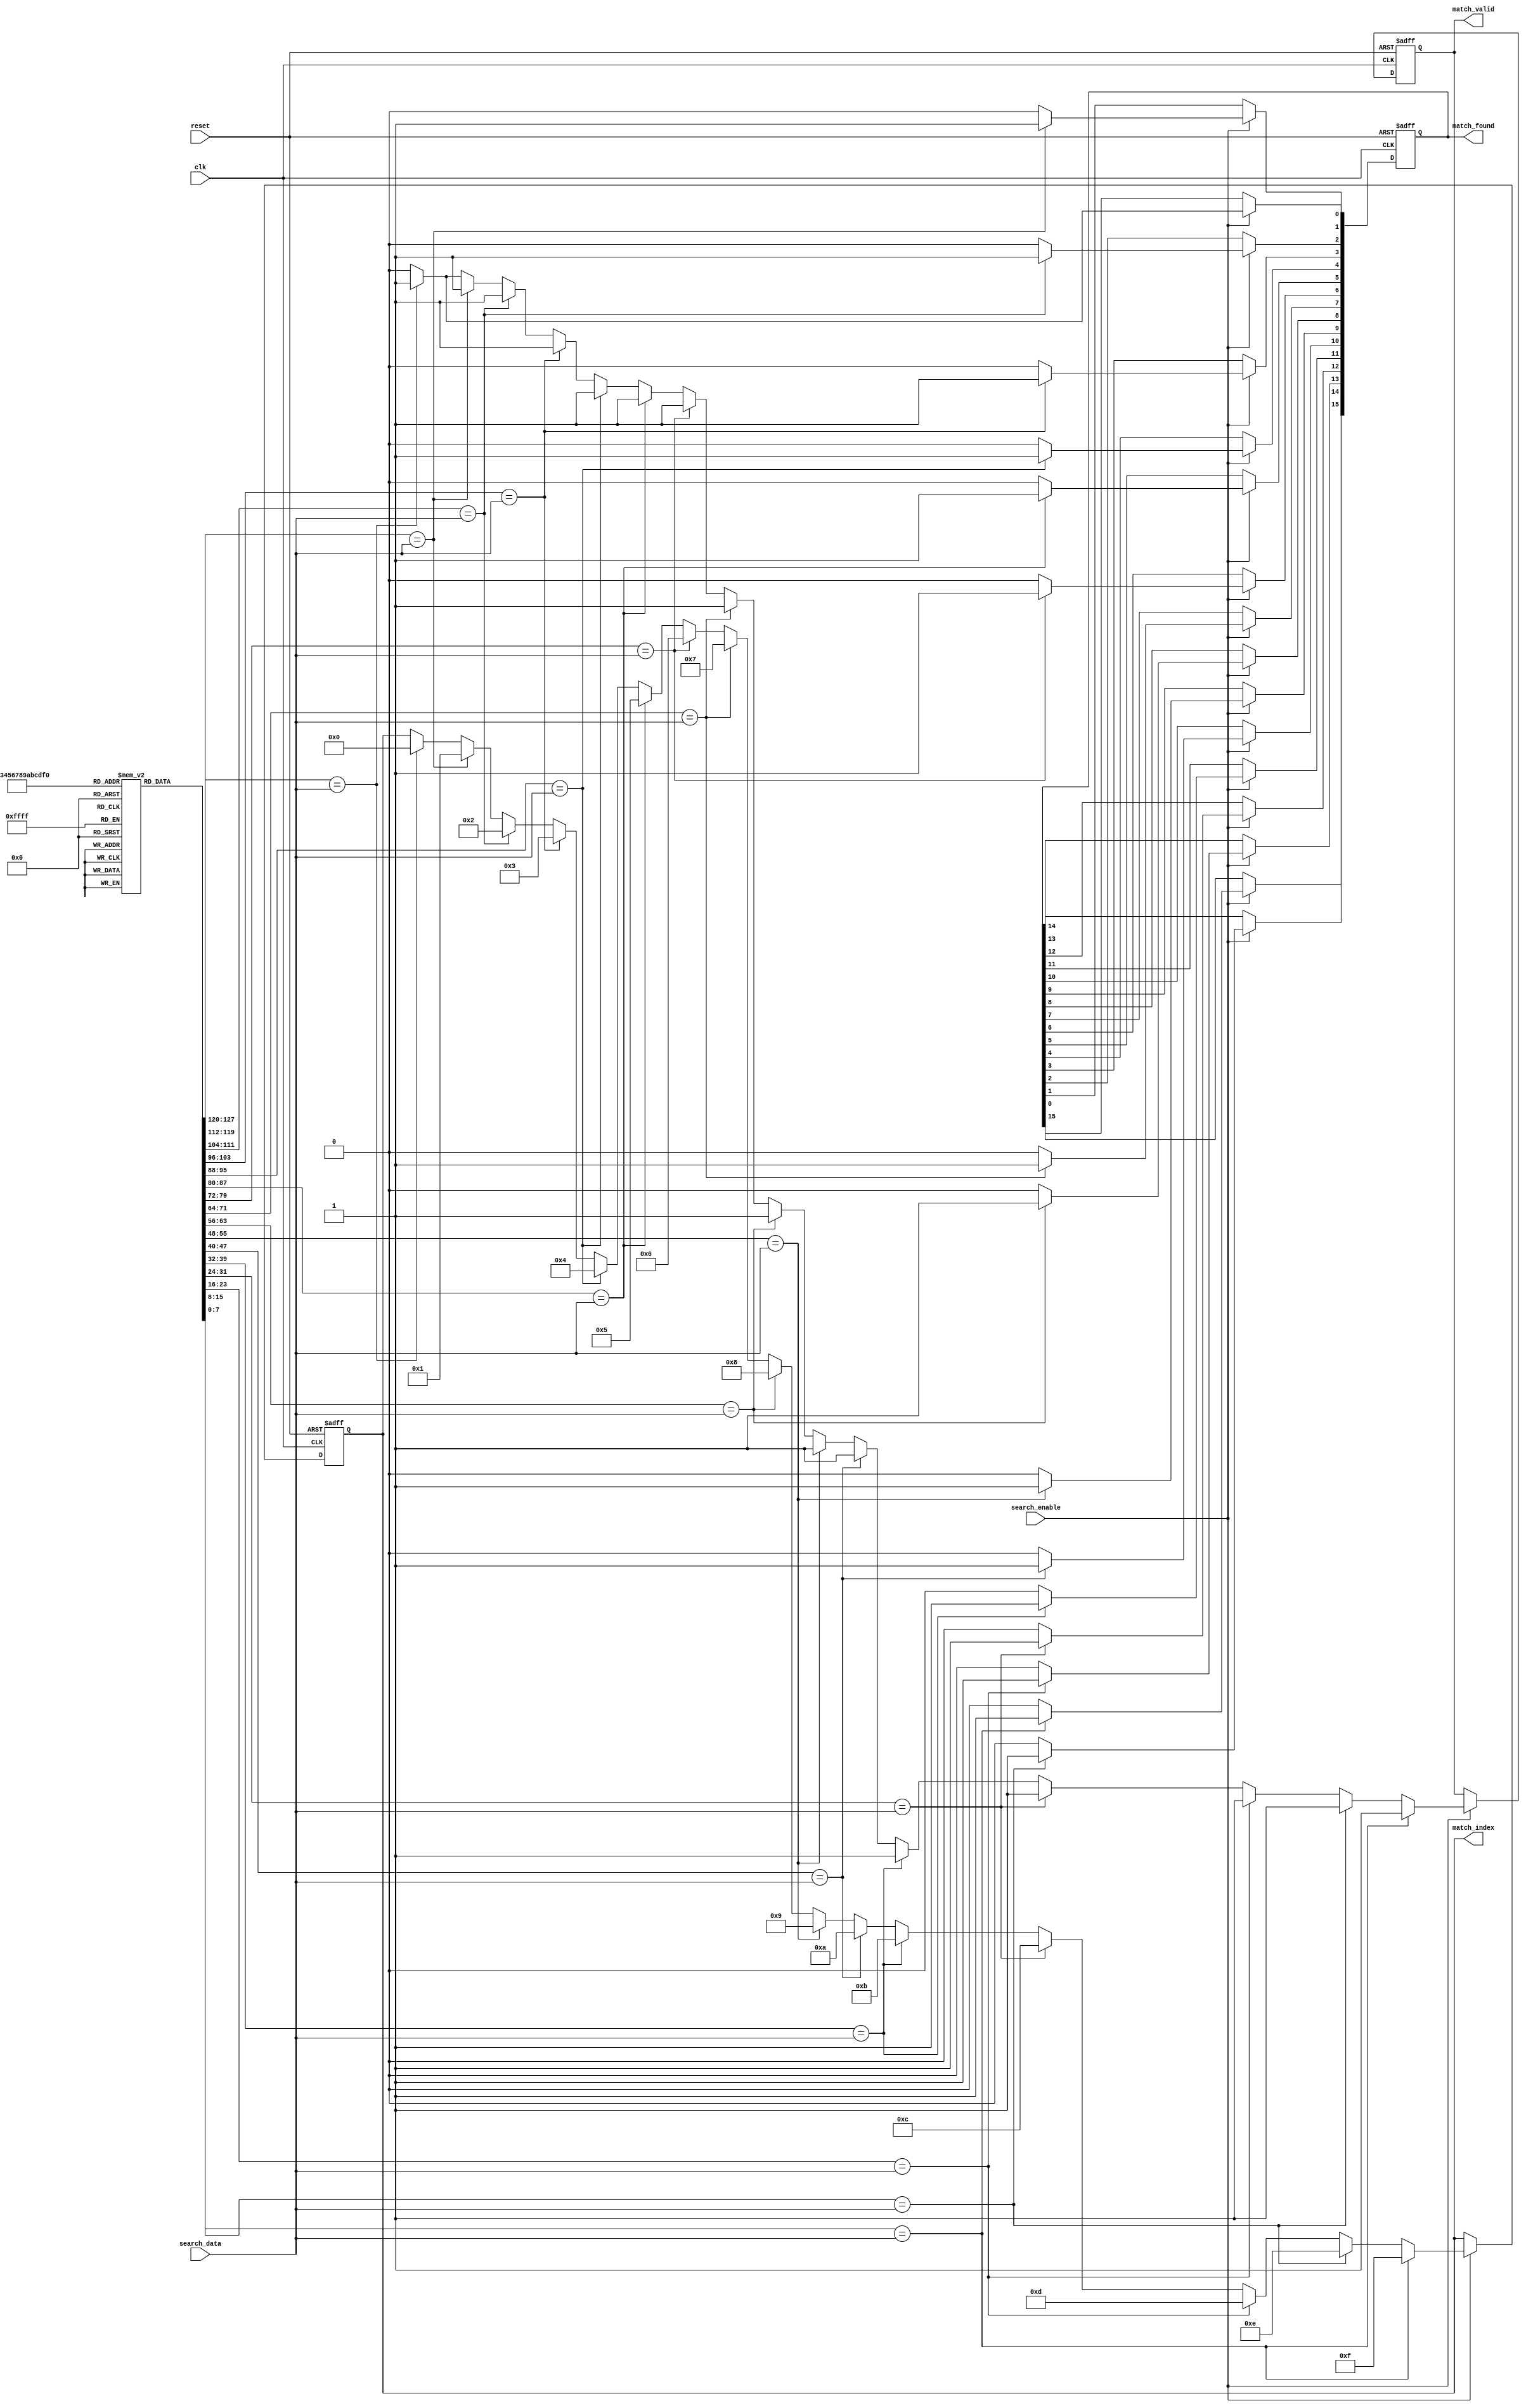
module sequential_cam #(
    parameter DATA_WIDTH = 8,      // Width of each data word
    parameter NUM_ENTRIES = 16      // Number of entries in the CAM
)(
    input wire clk,                 // Clock signal
    input wire reset,               // Reset signal
    input wire [DATA_WIDTH-1:0] search_data, // Data to search for
    input wire search_enable,       // Enable search operation
    output reg [NUM_ENTRIES-1:0] match_found, // Match output
    output reg [3:0] match_index,   // Index of the first match found
    output reg match_valid          // Indicates if a match was found
);

    // Memory array
    reg [DATA_WIDTH-1:0] memory [0:NUM_ENTRIES-1];

    // Internal signals
    reg [NUM_ENTRIES-1:0] match_temp;
    integer i;

    // Initialization block (for simulation purposes)
    initial begin
        // Load some example data into the CAM
        memory[0] = 8'hAA;
        memory[1] = 8'hBB;
        memory[2] = 8'hCC;
        memory[3] = 8'hDD;
        memory[4] = 8'hEE;
        memory[5] = 8'hFF;
        memory[6] = 8'h00;
        memory[7] = 8'h11;
        memory[8] = 8'h22;
        memory[9] = 8'h33;
        memory[10] = 8'h44;
        memory[11] = 8'h55;
        memory[12] = 8'h66;
        memory[13] = 8'h77;
        memory[14] = 8'h88;
        memory[15] = 8'h99;
    end

    // Search operation
    always @(posedge clk or posedge reset) begin
        if (reset) begin
            match_found <= 0;
            match_index <= 0;
            match_valid <= 0;
        end else if (search_enable) begin
            match_found = 0;
            match_valid = 0;
            // Compare search_data with all entries in the memory
            for (i = 0; i < NUM_ENTRIES; i = i + 1) begin
                if (memory[i] == search_data) begin
                    match_found[i] = 1; // Mark this entry as a match
                    match_index = i;     // Store the index of the first match
                    match_valid = 1;     // Indicate that a match was found
                end
            end
        end
    end

endmodule